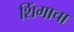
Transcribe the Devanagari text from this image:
शिंगाचा